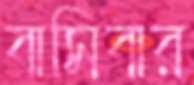
বাসিবার